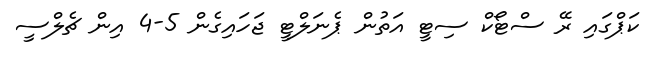
ކަޕްގައި ރޭ ސްޓޯކް ސިޓީ އަތުން ޕެނަލްޓީ ޖަހައިގެން 5-4 އިން ޗެލްސީ